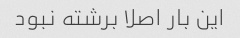
این بار اصلا برشته نبود